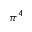
\pi ^ { 4 }